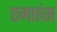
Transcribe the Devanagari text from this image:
एमाइंस